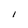
Character: I